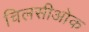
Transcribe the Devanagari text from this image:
चिलसीओक